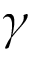
\gamma